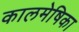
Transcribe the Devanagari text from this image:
कालमेषिका